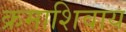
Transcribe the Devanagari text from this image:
क्रमाशिवाय